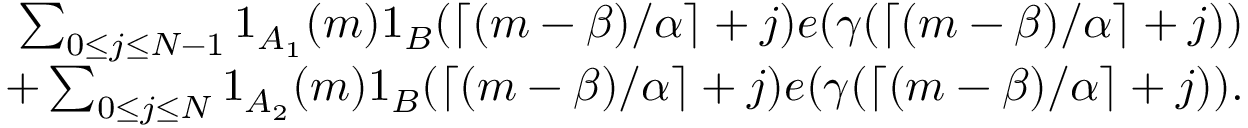
\begin{array} { r } { \sum _ { 0 \leq j \leq N - 1 } 1 _ { A _ { 1 } } ( m ) 1 _ { B } ( \lceil ( m - \beta ) / \alpha \rceil + j ) e ( \gamma ( \lceil ( m - \beta ) / \alpha \rceil + j ) ) } \\ { + \sum _ { 0 \leq j \leq N } 1 _ { A _ { 2 } } ( m ) 1 _ { B } ( \lceil ( m - \beta ) / \alpha \rceil + j ) e ( \gamma ( \lceil ( m - \beta ) / \alpha \rceil + j ) ) . } \end{array}